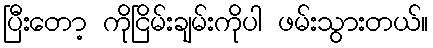
ပြီးတော့ ကိုငြိမ်းချမ်းကိုပါ ဖမ်းသွားတယ်။